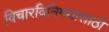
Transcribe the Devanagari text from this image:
विचारविनिमयासाठी